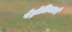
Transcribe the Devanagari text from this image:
पेट्रोलियमचे